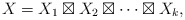
\begin{align*} X=X_1\boxtimes X_2\boxtimes\cdots \boxtimes X_k, \end{align*}